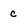
Character: c